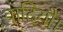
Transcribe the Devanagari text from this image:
वादियों।